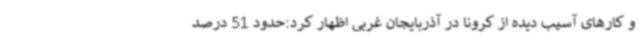
و کارهای آسیب دیده از کرونا در آذربایجان غربی اظهار کرد:حدود 51 درصد